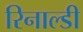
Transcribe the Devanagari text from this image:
रिनाल्डी